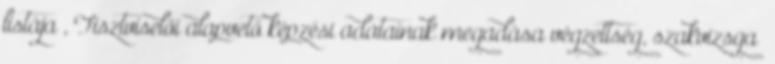
listája , Tisztviselői alapvető képzési adatainak megadása végzettség, szakvizsga